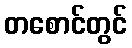
တစောင်တွင်